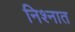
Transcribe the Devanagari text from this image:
निश्नात